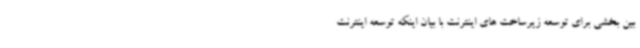
بین بخشی برای توسعه زیرساخت های اینترنت با بیان اینکه توسعه اینترنت